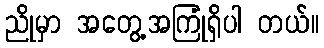
ညိုမှာ အတွေ့အကြုံရှိပါ တယ်။